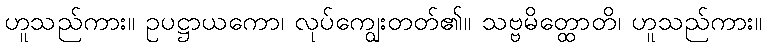
ဟူသည်ကား။ ဥပဋ္ဌာယကော၊ လုပ်ကျွေးတတ်၏။ သဗ္ဗမိတ္ထောတိ၊ ဟူသည်ကား။